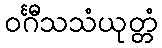
ဝင်္ဂီသသံယုတ္တံ